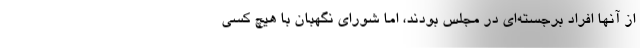
از آنها افراد برجسته‌ای در مجلس بودند، اما شورای نگهبان با هیچ کسی